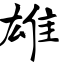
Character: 雄